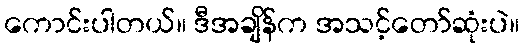
ကောင်းပါတယ်။ ဒီအချိန်က အသင့်တော်ဆုံးပဲ။